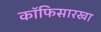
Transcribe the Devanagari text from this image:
कॉफिसारखा